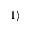
| 1 \rangle